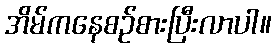
အိမ်ကနေစဉ်စားပြီးလာပါ။